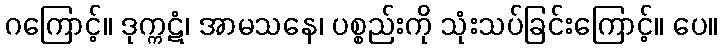
ဂကြောင့်။ ဒုက္ကဋံ၊ အာမသနေ၊ ပစ္စည်းကို သုံးသပ်ခြင်းကြောင့်။ ပေ။